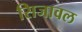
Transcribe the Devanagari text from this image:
सिजावल